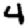
Digit: 4